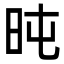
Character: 旽